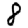
Digit: 8